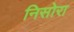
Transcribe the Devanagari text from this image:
निसोरा